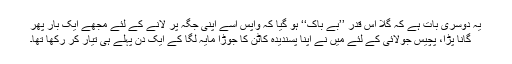
یہ دوسری بات ہے کہ گلا اس قدر ’’بے باک‘‘ ہو گیا کہ واپس اسے اپنی جگہ پر لانے کے لئے مجھے ایک بار پھر
گانا پڑا، پچیس جولائی کے لئے مَیں نے اپنا پسندیدہ کاٹن کا جوڑا مایہ لگا کے ایک دن پہلے ہی تیار کر رکھا تھا۔